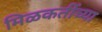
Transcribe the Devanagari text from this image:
मिळकतींच्या